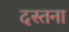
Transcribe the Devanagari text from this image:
दस्तना